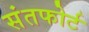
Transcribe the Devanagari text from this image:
संतफोर्ट